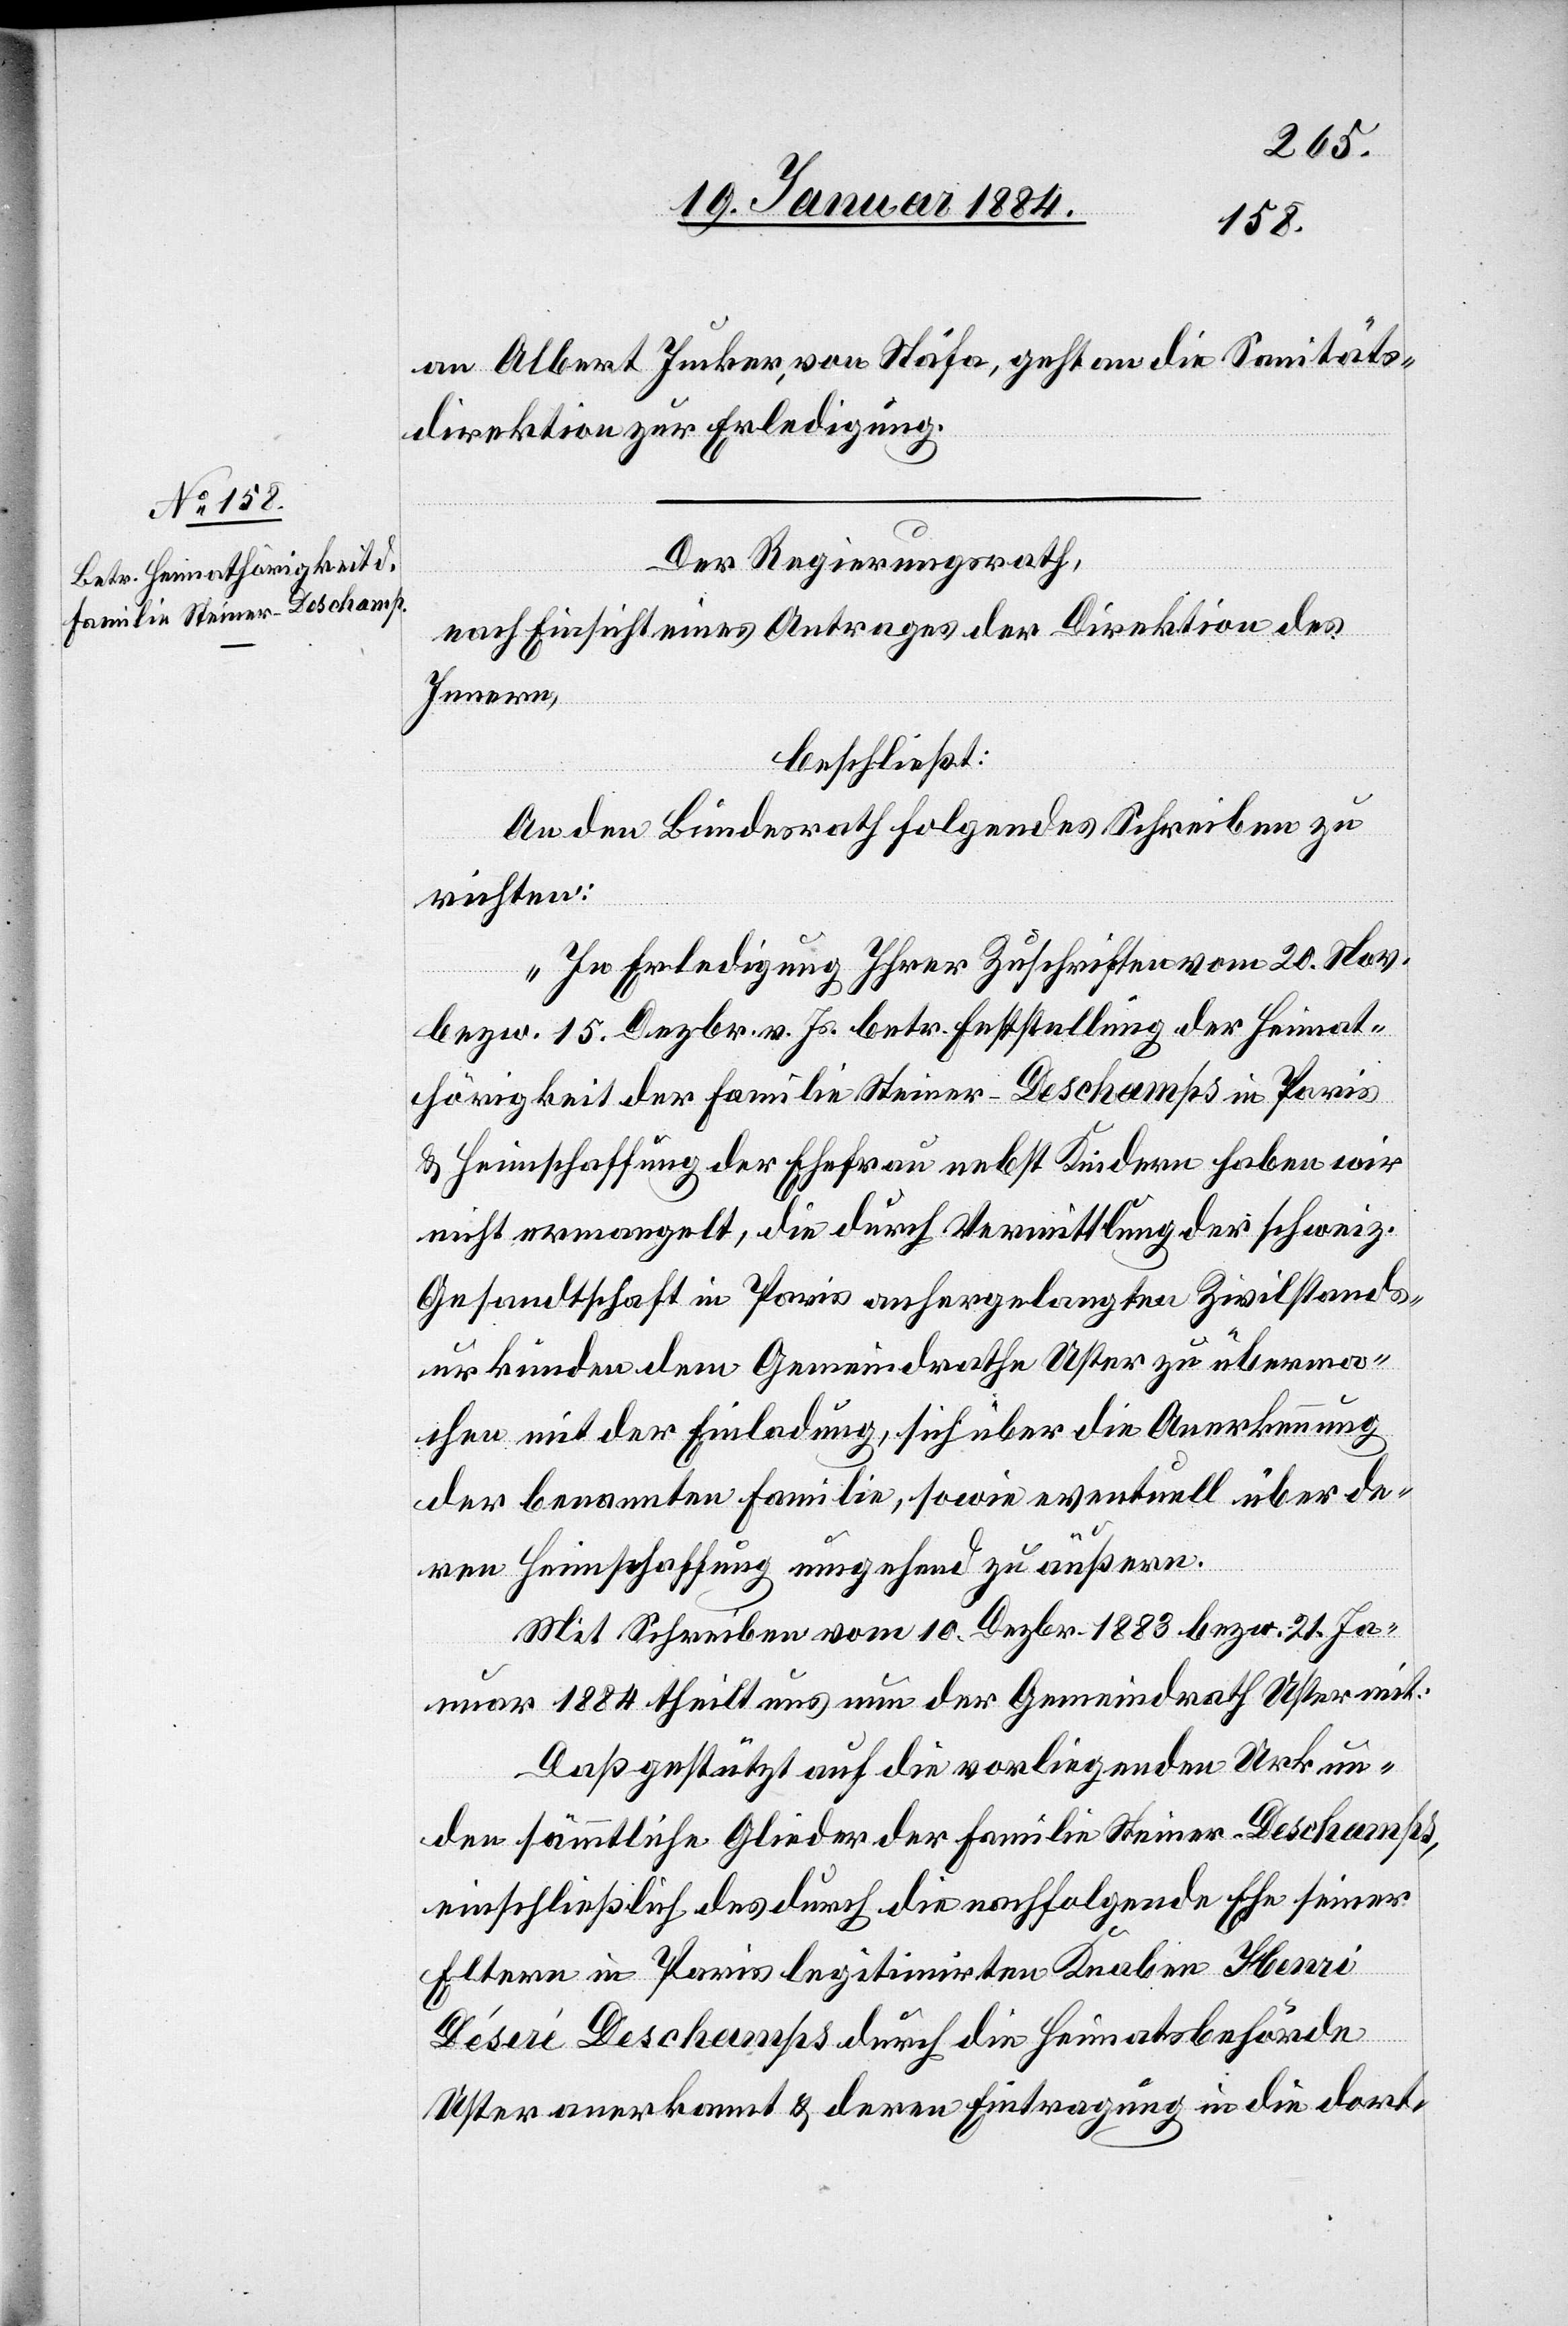
25. Januar 1884.]
an Albert Imker, von Stäfa, geht an die Sanitäts¬
direktion zur Erledigung.
Der Regierungsrath,
nach Einsicht eines Antrages der Direktion des
Innern,
beschließt:
An den Bundesrath folgendes Schreiben zu
richten:
„In Erledigung Ihrer Zuschriften vom 20. Nov.
bzw. 15. Dezbr. v. Js. betr. Feststellung der Heimat¬
hörigkeit der Familie Steiner-Deschamps in Paris
& Heimschaffung der Ehefrau nebst Kindern haben wir
nicht ermangelt, die durch Vermittlung der schweiz.
Gesandtschaft in Paris anhergesandten Zivilstand¬
urkunden dem Gemeindrath Uster zu überma¬
chen mit der Einladung, sich über die Anerkennung
der benannten Familie, sowie eventuell über de¬
ren Heimschaffung umgehend zu äußern.
Mit Schreiben vom 10. Dezbr. 1883 bzw. 21. Ja¬
nuar 1884 theilt und nun der Gemeindrath Uster mit:
„Daß gestützt auf die vorliegenden Urkun¬
den sämmtliche Glieder der Familie Steiner-Deschamps,
einschließlich des durch die nachfolgende Ehe seiner
Eltern in Paris legitimirten Knaben Henri
Déseré Deschamps durch die Heimatsbehörde
Uster anerkannt & deren Eintragung in die dort-